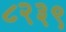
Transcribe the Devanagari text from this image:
८२३९